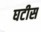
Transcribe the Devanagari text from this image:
घटीस